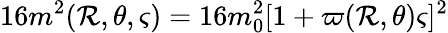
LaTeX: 16m^{2}(\mathcal{R},\theta,\varsigma)=16m_{0}^{2}[1+\varpi(\mathcal{R},\theta)\varsigma]^{2}